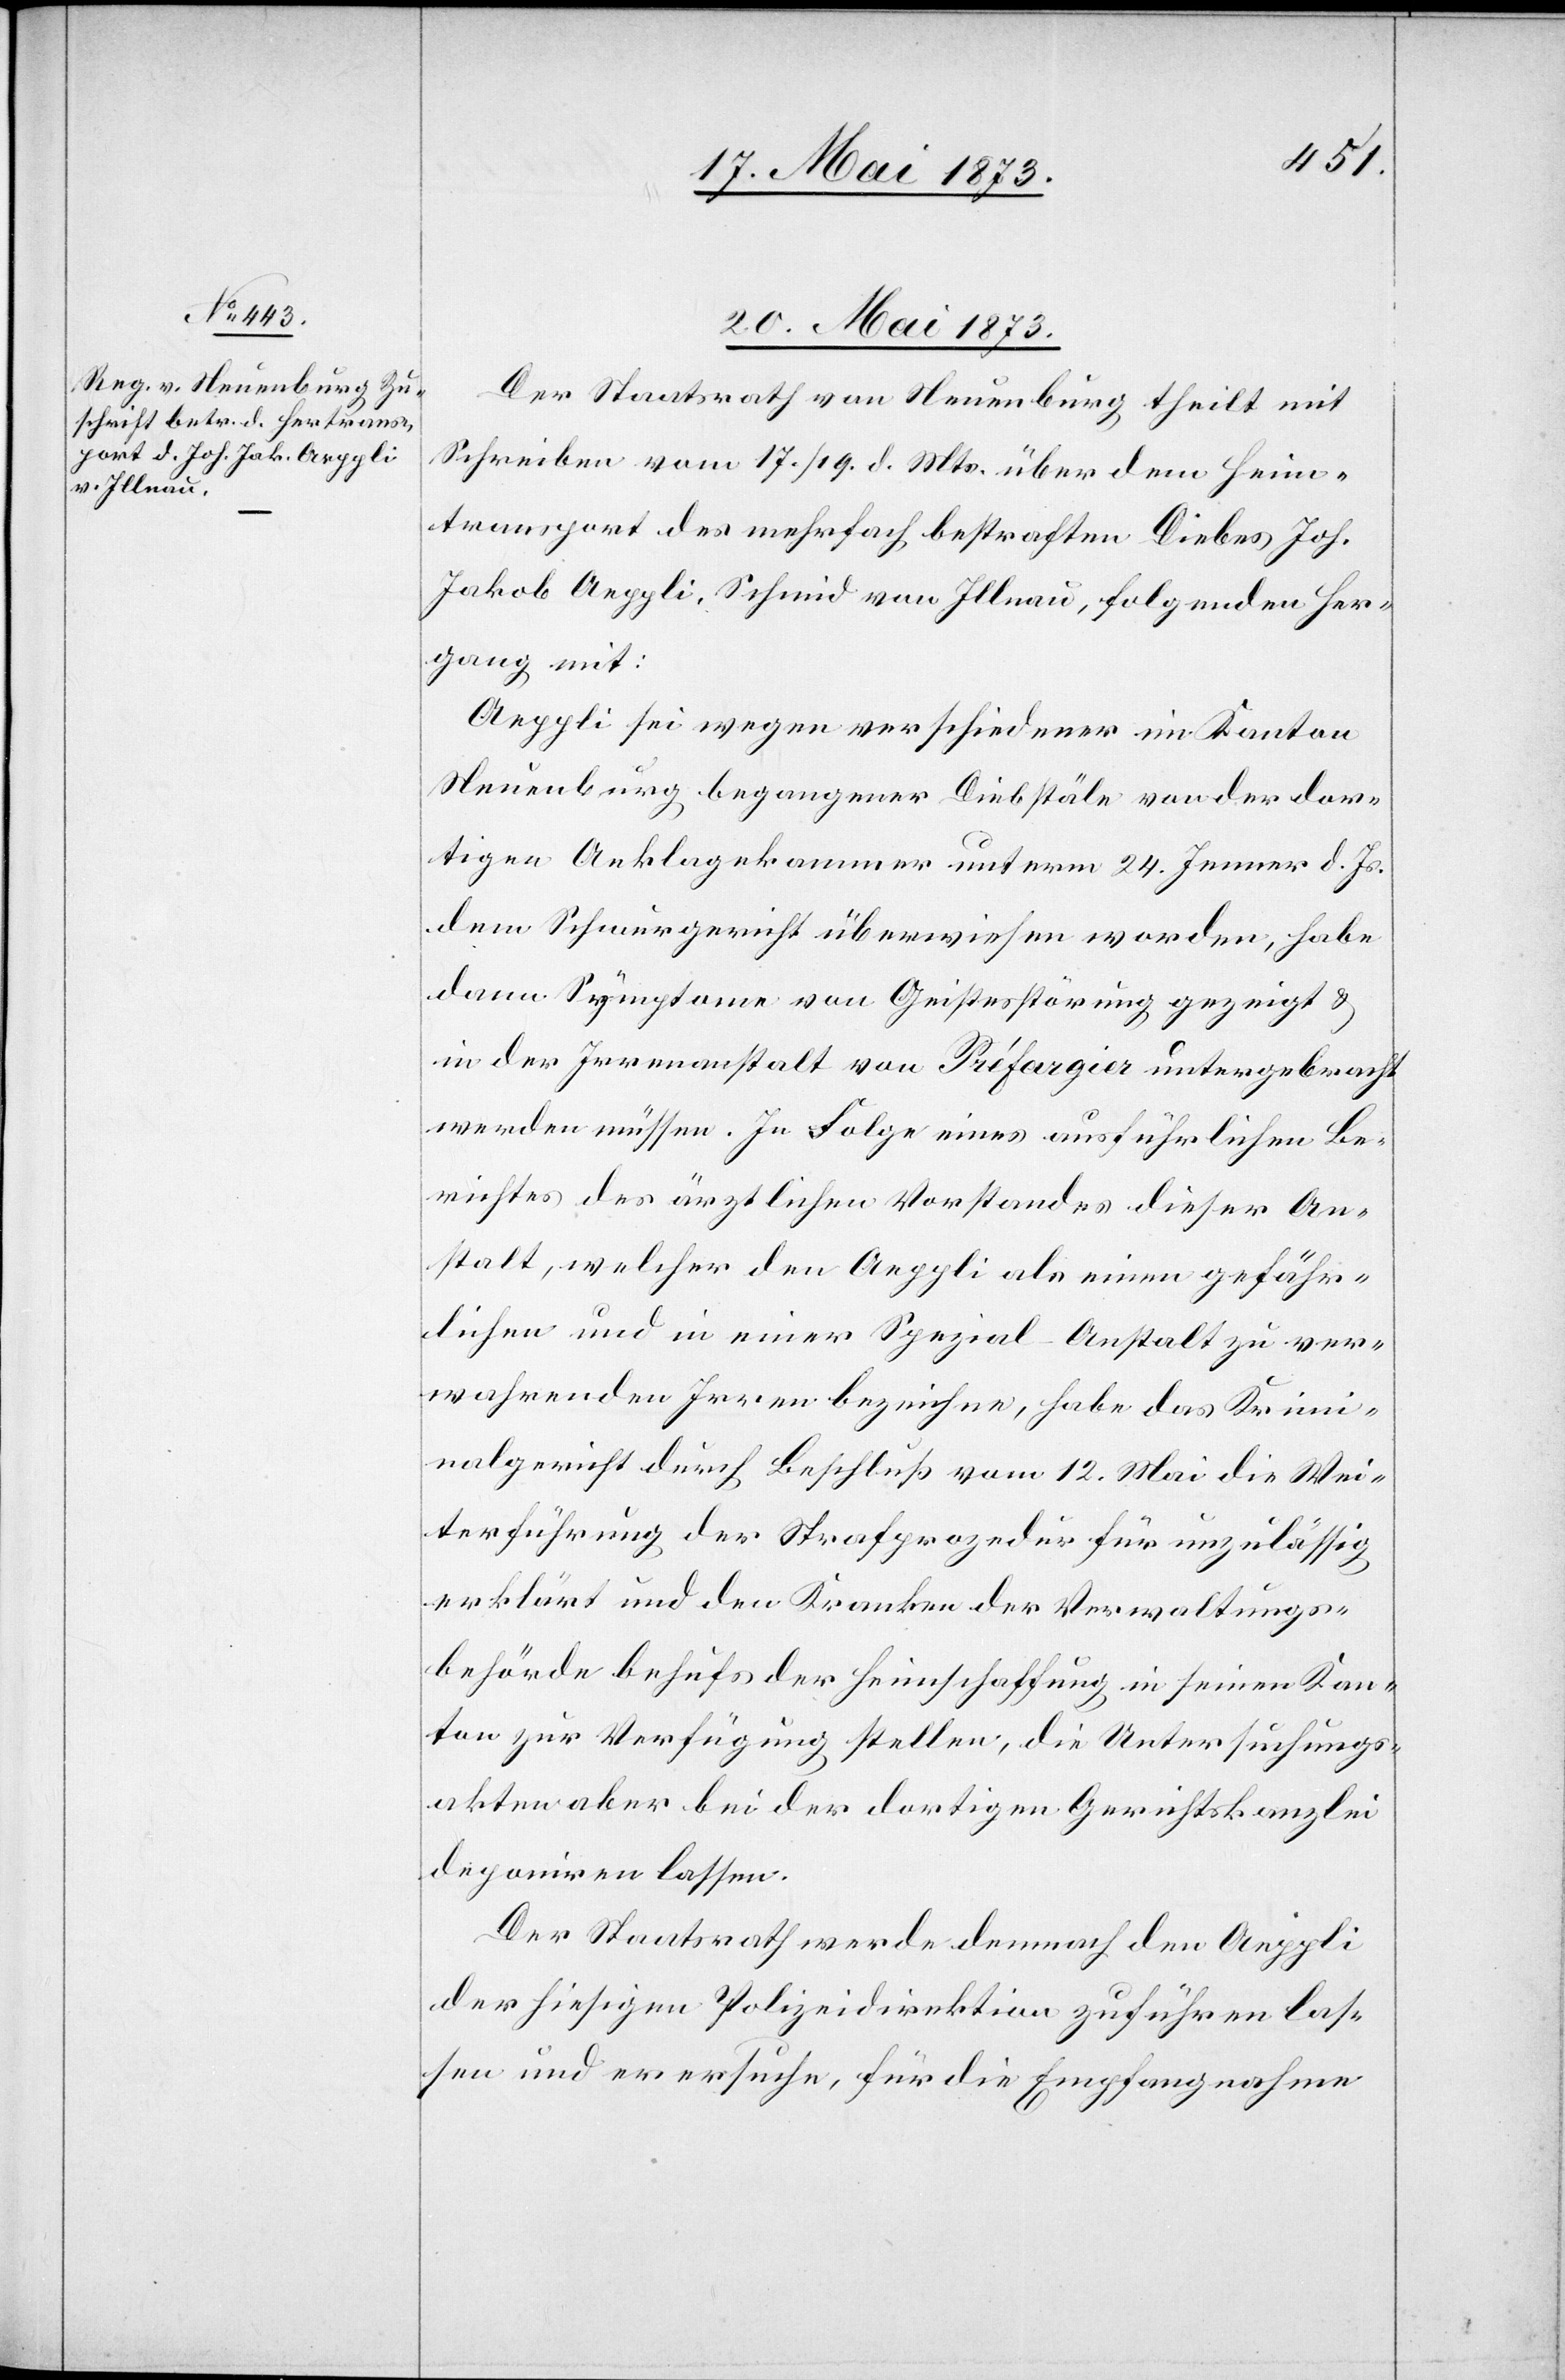
20. Mai 1873
Der Staatsrath von Neuenburg theilt mit
Schreiben vom 17./19. d. Mts. über dem [sic!] Heim¬
transport des mehrfach bestraften Diebes Joh.
Jakob Aeppli, Schmid von Illnau, folgenden Her¬
gang mit:
Aeppli sei wegen verschiedener im Kanton
Neuenburg begangener Diebstäle von der dor¬
tigen Anklagekammer unterm 24. Jenner d. Js.
dem Schwurgericht überwiesen worden, habe
dann Symptome von Geistesstörung gezeigt &
in der Irrenanstalt von Préfargier untergebracht
werden müssen. In Folge eines ausführlichen Be¬
richtes des ärztlichen Vorstandes dieser An¬
stalt, welcher den Aeppli als einen gefähr¬
lichen und in einer Spezial-Anstalt zu ver¬
wahrenden Irren bezeichne, habe das Krimi¬
nalgericht durch Beschluß vom 12. Mai die Wei¬
terführung der Strafprozedur für unzulässig
erklärt und den Kranken der Verwaltungs¬
behörde behufs der Heimschaffung in seinen Kan¬
ton zur Verfügung stellen, die Untersuchungs¬
akten aber bei der dortigen Gerichtskanzlei
deponiren lassen.
Der Staatsrath werde demnach den Aeppli
der hiesigen Polizeidirektion zuführen las¬
sen und er ersuche, für die Empfangnahme